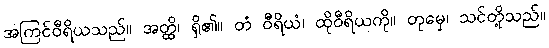
အကြင်ဝီရိယသည်။ အတ္ထိ၊ ရှိ၏။ တံ ဝီရိယံ၊ ထိုဝီရိယကို။ တုမှေ၊ သင်တို့သည်။